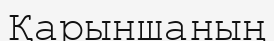
Қарыншаның